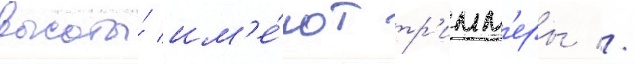
высоты́ им'е́ют тр'имм'еры //